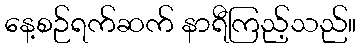
နေ့စဉ်ရက်ဆက် နာရီကြည့်သည်။